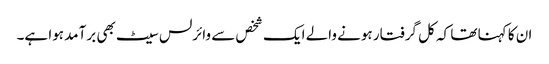
ان کا کہنا تھا کہ کل گرفتار ہونے والے ایک شخص سے وائرلس سیٹ بھی برآمد ہوا ہے۔